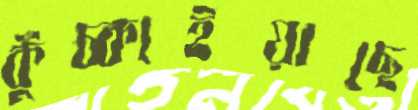
কুঁচ্‌কাইয়াছে